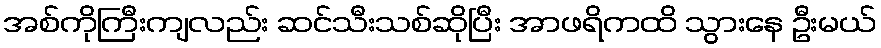
အစ်ကိုကြီးကျလည်း ဆင်သီးသစ်ဆိုပြီး အာဖရိကထိ သွားနေ ဦးမယ်